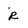
Character: R